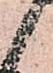
候